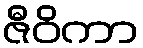
ဇီဝိကာ